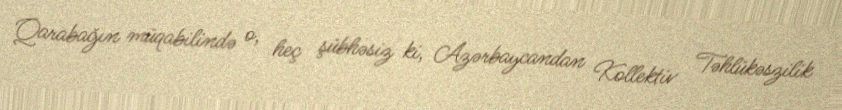
Qarabağın müqabilində o, heç şübhəsiz ki, Azərbaycandan Kollektiv Təhlükəszilik